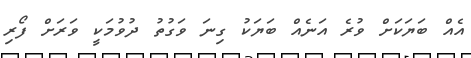
އެއް ބަޔަކަށް ވުރެ އަނެއް ބަޔަކު ގިނަ ވަގުތު ދުވުމަކީ ވަރަށް ފޯރި